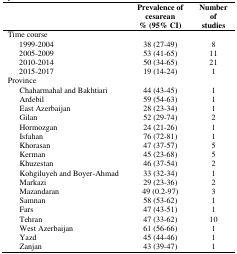
<table><thead><tr><td colspan="3"></td><td><b>Prevalence of cesarean % (95% CI)</b></td><td><b>Number of studies</b></td></tr></thead><tbody><tr><td colspan="5">Time course </td></tr><tr><td></td><td colspan="2">1999-2004</td><td>38 (27-49)</td><td>8</td></tr><tr><td></td><td colspan="2">2005-2009</td><td>53 (41-65)</td><td>11</td></tr><tr><td></td><td colspan="2">2010-2014</td><td>50 (34-65)</td><td>21</td></tr><tr><td></td><td colspan="2">2015-2017</td><td>19 (14-24)</td><td>1</td></tr><tr><td colspan="5">Province </td></tr><tr><td colspan="2"></td><td>Chaharmahal and Bakhtiari</td><td>44 (43-45)</td><td>1</td></tr><tr><td colspan="2"></td><td>Ardebil</td><td>59 (54-63)</td><td>1</td></tr><tr><td colspan="2"></td><td>East Azerbaijan </td><td>28 (23-34)</td><td>1</td></tr><tr><td colspan="2"></td><td>Gilan </td><td>52 (29-74)</td><td>2</td></tr><tr><td colspan="2"></td><td>Hormozgan </td><td>24 (21-26)</td><td>1</td></tr><tr><td colspan="2"></td><td>Isfahan </td><td>76 (72-81)</td><td>1</td></tr><tr><td colspan="2"></td><td>Khorasan</td><td>47 (37-57)</td><td>5</td></tr><tr><td colspan="2"></td><td>Kerman </td><td>45 (23-68)</td><td>5</td></tr><tr><td colspan="2"></td><td>Khuzestan </td><td>46 (37-54)</td><td>2</td></tr><tr><td colspan="2"></td><td>Kohgiluyeh and Boyer-Ahmad</td><td>33 (32-34)</td><td>1</td></tr><tr><td colspan="2"></td><td>Markazi</td><td>29 (23-36)</td><td>2</td></tr><tr><td colspan="2"></td><td>Mazandaran</td><td>49 (0.2-97)</td><td>3</td></tr><tr><td colspan="2"></td><td>Samnan</td><td>58 (53-62)</td><td>1</td></tr><tr><td colspan="2"></td><td>Fars</td><td>47 (43-51)</td><td>1</td></tr><tr><td colspan="2"></td><td>Tehran</td><td>47 (33-62)</td><td>10</td></tr><tr><td colspan="2"></td><td>West Azerbaijan</td><td>61 (56-66)</td><td>1</td></tr><tr><td colspan="2"></td><td>Yazd</td><td>45 (44-46)</td><td>1</td></tr><tr><td colspan="2"></td><td>Zanjan</td><td>43 (39-47)</td><td>1</td></tr></tbody></table>